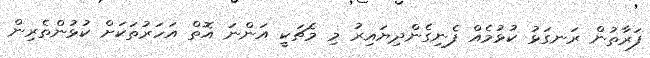
ފަރާތުން ރަނގަޅު ކުޅުމެއް ފެނިގެންދިޔައިރު މި މެޗަކީ އަންނަ އޮތް އަހަރުތަކަށް ކުޅުންތެރިން